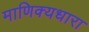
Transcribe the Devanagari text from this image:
माणिक्यधारा